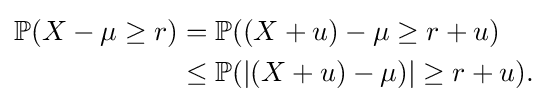
{\begin{aligned}\mathbb {P} (X-\mu \geq r)&=\mathbb {P} ((X+u)-\mu \geq r+u)\\&\leq \mathbb {P} (|(X+u)-\mu )|\geq r+u).\\\end{aligned}}